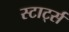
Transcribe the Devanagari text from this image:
स्टार्ट्स